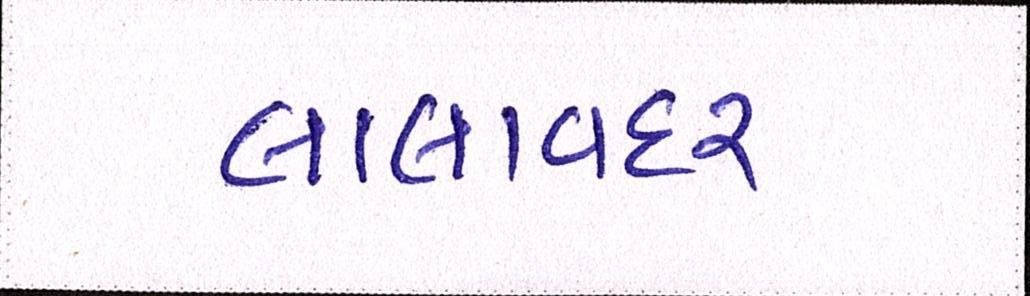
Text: લાલાવદર